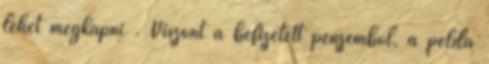
lehet megkapni . Viszont a befizetett pénzemből, a példa